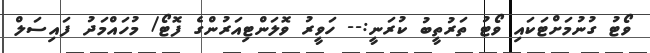
ވޯޓު ގުނުމަށްޓަކައި ވޯޓު ތަރުތީބު ކުރަނީ:-- ހަވީރު ވޮލަންޓިއަރުންގެ ފޮޓޯ/ މުހައްމަދު ފައިސަލް